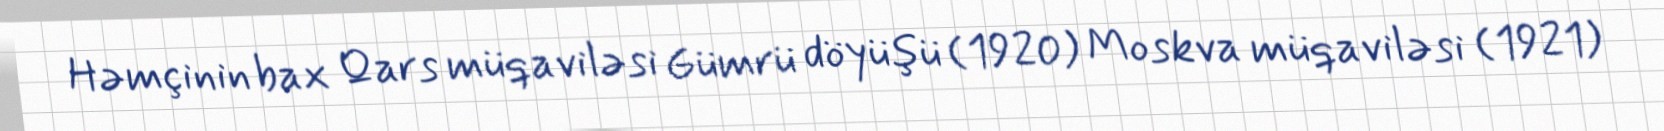
Həmçinin bax Qars müqaviləsi Gümrü döyüşü (1920) Moskva müqaviləsi (1921)